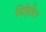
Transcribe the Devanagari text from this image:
मिट्टितेल